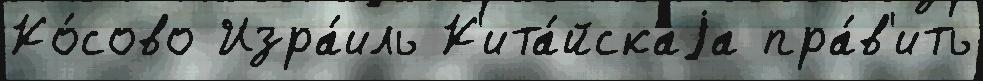
Ко́сово Изра́иль К'ита́йскаjа пра́в'ить